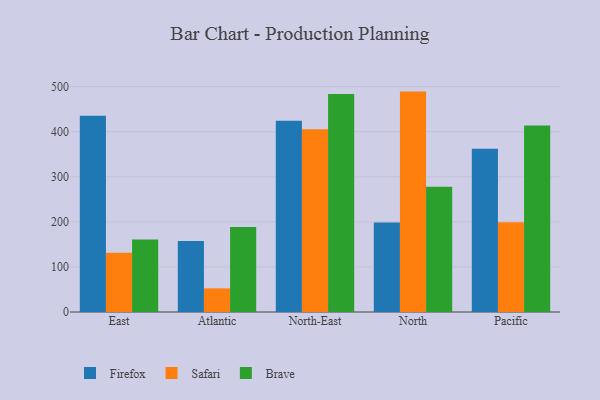
{"axis": {"x": "Region", "y": "Production Output"}, "legend": ["Brave", "Firefox", "Safari"], "data": [{"x": "East", "y": 435.3, "type": "Firefox"}, {"x": "East", "y": 131.3, "type": "Safari"}, {"x": "East", "y": 160.6, "type": "Brave"}, {"x": "Atlantic", "y": 157.5, "type": "Firefox"}, {"x": "Atlantic", "y": 52.4, "type": "Safari"}, {"x": "Atlantic", "y": 188.8, "type": "Brave"}, {"x": "North-East", "y": 424.3, "type": "Firefox"}, {"x": "North-East", "y": 405.2, "type": "Safari"}, {"x": "North-East", "y": 483.7, "type": "Brave"}, {"x": "North", "y": 198.4, "type": "Firefox"}, {"x": "North", "y": 489.0, "type": "Safari"}, {"x": "North", "y": 277.7, "type": "Brave"}, {"x": "Pacific", "y": 362.3, "type": "Firefox"}, {"x": "Pacific", "y": 199.2, "type": "Safari"}, {"x": "Pacific", "y": 413.6, "type": "Brave"}]}